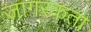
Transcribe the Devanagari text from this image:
जागरकता